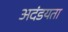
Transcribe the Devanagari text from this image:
अदंडयता